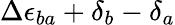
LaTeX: \Delta\epsilon_{ba}+\delta_{b}-\delta_{a}